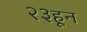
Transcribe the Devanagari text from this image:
२३हून